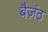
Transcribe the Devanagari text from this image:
बैज़ंठ